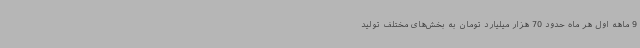
9 ماهه اول هر ماه حدود 70 هزار میلیارد تومان به بخش‌های مختلف تولید